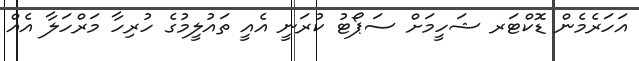
އަހަރެމެން ޑޮކްޓަރ ޝަހީމަށް ސަޕޯޓު ކުރަނީ އެއީ ތައުލީމުގެ ހުރިހާ މަރްހަލާ އެއް